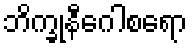
ဘိက္ခုနီဂေါစရော